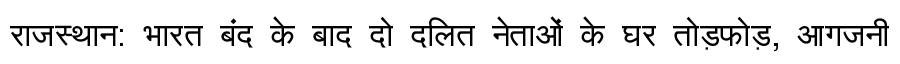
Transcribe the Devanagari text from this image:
राजस्थान: भारत बंद के बाद दो दलित नेताओं के घर तोड़फोड़, आगजनी